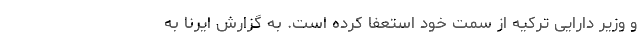
و وزیر دارایی ترکیه از سمت خود استعفا کرده است. به گزارش ایرنا به